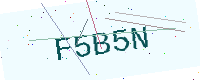
Text: F5B5N